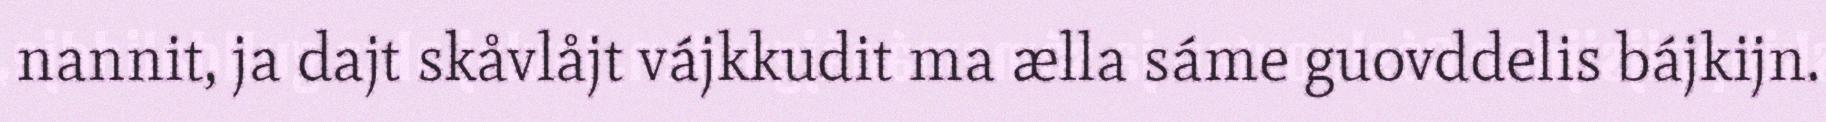
nannit, ja dajt skåvlåjt vájkkudit ma ælla sáme guovddelis bájkijn.